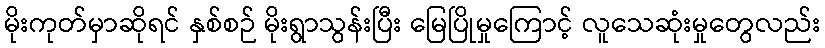
မိုးကုတ်မှာဆိုရင် နှစ်စဉ် မိုးရွာသွန်းပြီး မြေပြိုမှုကြောင့် လူသေဆုံးမှုတွေလည်း